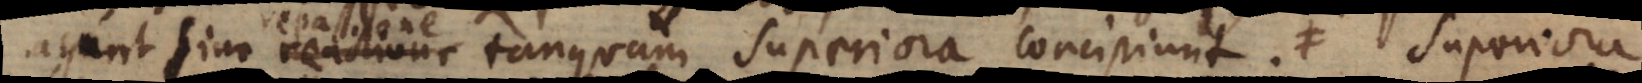
agunt sine reactione tanquam superiora concipiunt. Hinc eminen